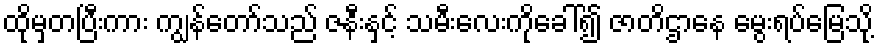
ထိုမှတပြီးကား ကျွန်တော်သည် ဇနီးနှင့် သမီးလေးကိုခေါ်၍ ဇာတိဌာနေ မွေးရပ်မြေသို့